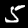
Digit: 5